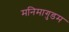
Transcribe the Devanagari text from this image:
मनिमागुडम